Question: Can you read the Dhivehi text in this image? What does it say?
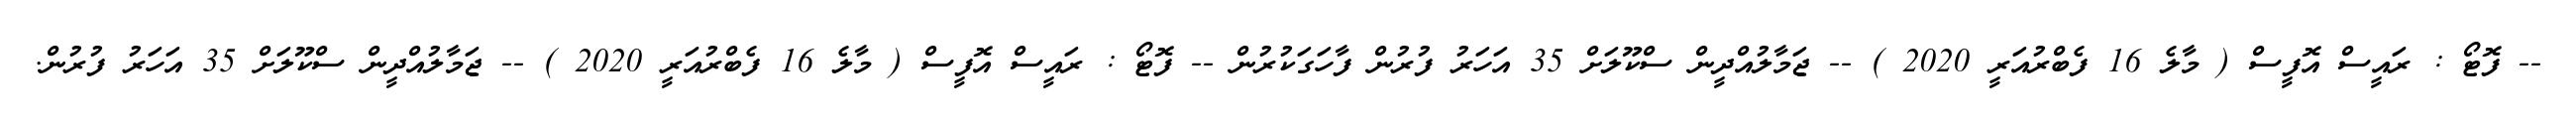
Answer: -- ފޮޓޯ : ރައީސް އޮފީސް ( މާލެ 16 ފެބްރުއަރީ 2020 ) -- ޖަމާލުއްދީން ސްކޫލަށް 35 އަހަރު ފުރުން ފާހަގަކުރުން -- ފޮޓޯ : ރައީސް އޮފީސް ( މާލެ 16 ފެބްރުއަރީ 2020 ) -- ޖަމާލުއްދީން ސްކޫލަށް 35 އަހަރު ފުރުން.